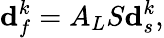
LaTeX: \mathbf{d}_{f}^{k}=A_{L}S\mathbf{d}_{s}^{k},